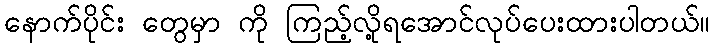
နောက်ပိုင်း တွေမှာ ကို ကြည့်လို့ရအောင်လုပ်ပေးထားပါတယ်။